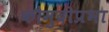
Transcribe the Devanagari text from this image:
कौमुदीप्रभा